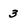
Character: 3